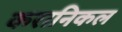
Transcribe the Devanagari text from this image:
करानिकल